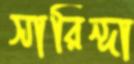
সারিন্দা